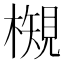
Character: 𭬉